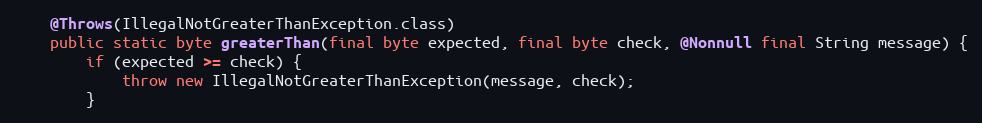
Language: Java
	@Throws(IllegalNotGreaterThanException.class)
	public static byte greaterThan(final byte expected, final byte check, @Nonnull final String message) {
		if (expected >= check) {
			throw new IllegalNotGreaterThanException(message, check);
		}